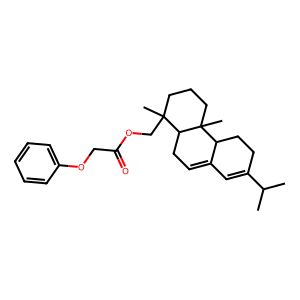
SMILES: CC(C)C1=CC2=CCC3C(C)(COC(=O)COc4ccccc4)CCCC3(C)C2CC1
Inhibits HIV replication: No